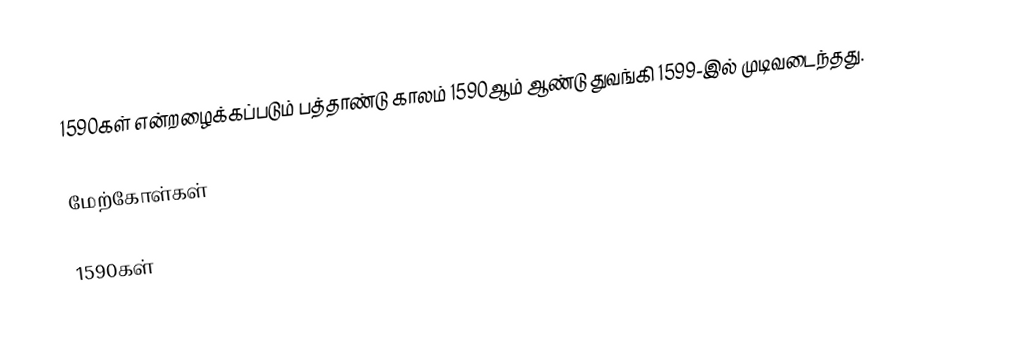
1590கள் என்றழைக்கப்படும் பத்தாண்டு காலம் 1590ஆம் ஆண்டு துவங்கி 1599-இல் முடிவடைந்தது.

மேற்கோள்கள்

1590கள்